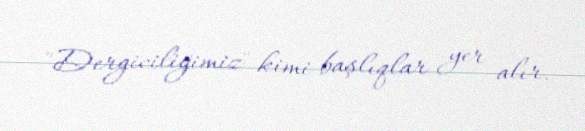
"Dergiciliğimiz" kimi başlıqlar yer alır.